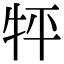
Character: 𤘾